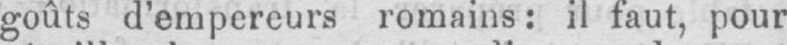
goûts d’empereurs romains: il faut, pour